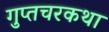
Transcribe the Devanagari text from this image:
गुप्तचरकथा